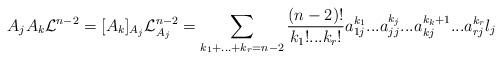
LaTeX: \begin{align*}A_{j}A_{k}\mathcal{L}^{n-2}=[A_{k}]_{A_{j}}\mathcal{L}_{A_{j}}^{n-2}=\sum_{k_{1}+...+k_{r}=n-2}\frac{(n-2)!}{k_{1}!...k_{r}!}a_{1j}^{k_{1}}...a_{jj}^{k_{j}}...a_{kj}^{k_{k}+1}...a_{rj}^{k_{r}}l_{j} \end{align*}